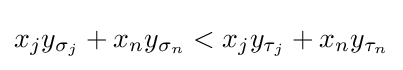
x_{j}y_{\sigma _{j}}+x_{n}y_{\sigma _{n}}<x_{j}y_{\tau _{j}}+x_{n}y_{\tau _{n}}